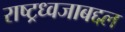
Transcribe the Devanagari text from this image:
राष्ट्रध्वजाबद्दल